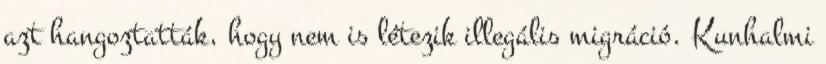
azt hangoztatták, hogy nem is létezik illegális migráció. Kunhalmi